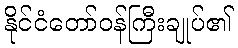
နိုင်ငံတော်ဝန်ကြီးချုပ်၏